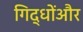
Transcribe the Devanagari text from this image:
गिद्धोंऔर